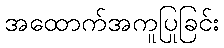
အထောက်အကူပြုခြင်း